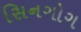
સિનગોગ